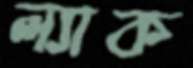
ল্যাক